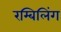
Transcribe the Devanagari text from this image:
रम्बिलिंग